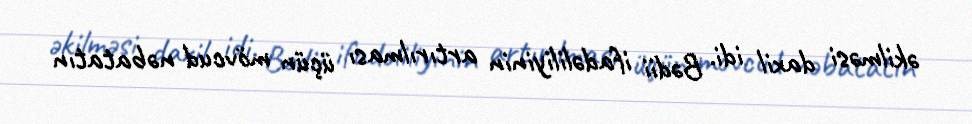
əkilməsi daxil idi. Bədii ifadəliliyinin artırılması üçün mövcud nəbatatın